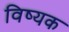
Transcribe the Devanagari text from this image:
विष्यक